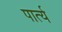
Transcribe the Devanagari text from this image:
पार्त्य